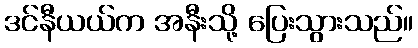
ဒင်နီယယ်က အနီးသို့ ပြေးသွားသည်။